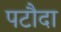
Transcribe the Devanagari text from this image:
पटौदा